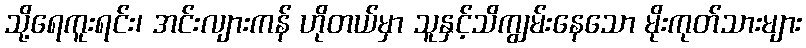
သို့ရေကူးရင်း၊ အင်းလျားကန် ဟိုတယ်မှာ သူနှင့်သိကျွမ်းနေသော မိုးကုတ်သားများ